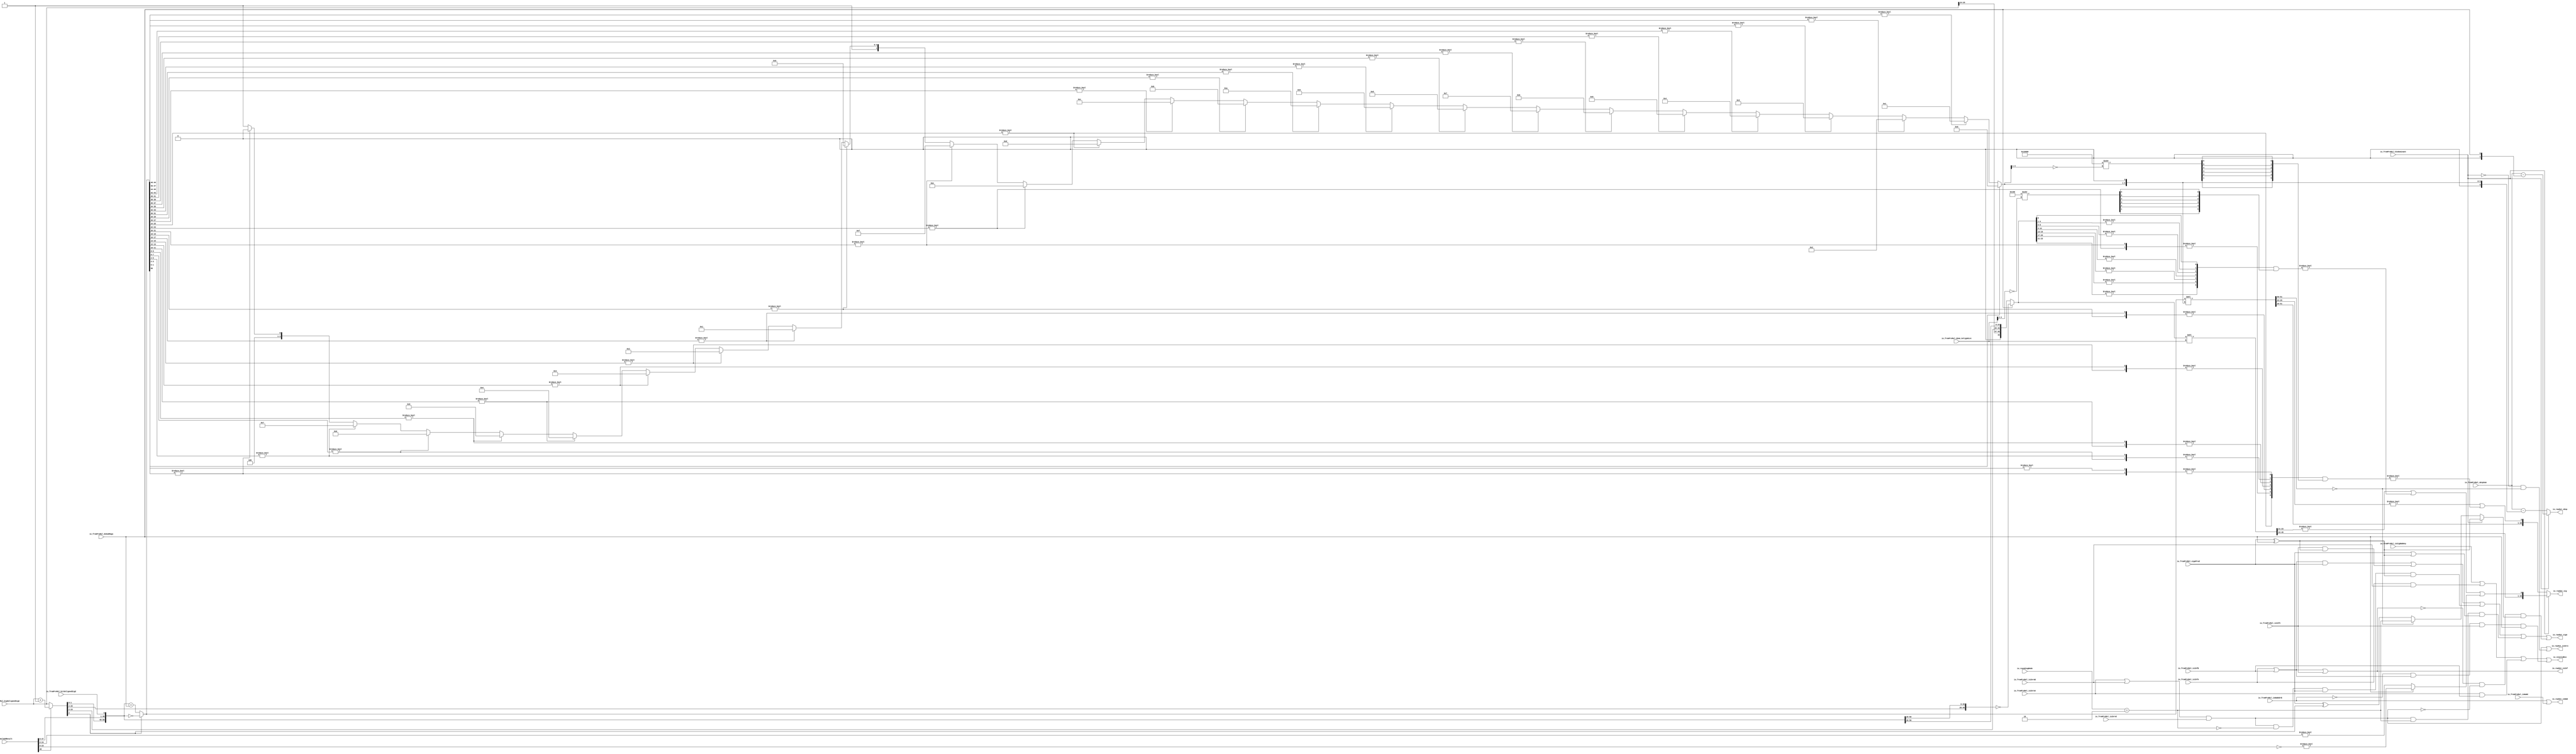
module MulAddRecFNToRaw_postMul(
  input         io_fromPreMul_isSigNaNAny,
  input         io_fromPreMul_isNaNAOrB,
  input         io_fromPreMul_isInfA,
  input         io_fromPreMul_isZeroA,
  input         io_fromPreMul_isInfB,
  input         io_fromPreMul_isZeroB,
  input         io_fromPreMul_signProd,
  input         io_fromPreMul_isNaNC,
  input         io_fromPreMul_isInfC,
  input         io_fromPreMul_isZeroC,
  input  [9:0]  io_fromPreMul_sExpSum,
  input         io_fromPreMul_doSubMags,
  input         io_fromPreMul_CIsDominant,
  input  [4:0]  io_fromPreMul_CDom_CAlignDist,
  input  [25:0] io_fromPreMul_highAlignedSigC,
  input         io_fromPreMul_bit0AlignedSigC,
  input  [48:0] io_mulAddResult,
  input  [2:0]  io_roundingMode,
  output        io_invalidExc,
  output        io_rawOut_isNaN,
  output        io_rawOut_isInf,
  output        io_rawOut_isZero,
  output        io_rawOut_sign,
  output [9:0]  io_rawOut_sExp,
  output [26:0] io_rawOut_sig
);
  wire  roundingMode_min;
  wire  CDom_sign;
  wire [74:0] sigSum;
  wire [9:0] CDom_sExp;
  wire [49:0] CDom_absSigSum;
  wire  CDom_absSigSumExtra;
  wire [28:0] CDom_mainSig;
  wire  CDom_reduced4SigExtra;
  wire [26:0] CDom_sig;
  wire  notCDom_signSigSum;
  wire [50:0] notCDom_absSigSum;
  wire [25:0] notCDom_reduced2AbsSigSum;
  wire [4:0] notCDom_normDistReduced2;
  wire [5:0] notCDom_nearNormDist;
  wire [9:0] notCDom_sExp;
  wire [28:0] notCDom_mainSig;
  wire  notCDom_reduced4SigExtra;
  wire [26:0] notCDom_sig;
  wire  notCDom_completeCancellation;
  wire  notCDom_sign;
  wire  notNaN_isInfProd;
  wire  notNaN_isInfOut;
  wire  notNaN_addZeros;

`define MY_ASSIGNMENT
`ifdef MY_ASSIGNMENT
  assign roundingMode_min = io_roundingMode == 3'h2;
  assign CDom_sign = io_fromPreMul_signProd ^ io_fromPreMul_doSubMags;
  wire [25:0] _T_3 = io_mulAddResult[48] ? (io_fromPreMul_highAlignedSigC + 26'h1) : io_fromPreMul_highAlignedSigC;
  assign sigSum = {_T_3, io_mulAddResult[47:0], io_fromPreMul_bit0AlignedSigC};
  assign CDom_sExp = $signed(io_fromPreMul_sExpSum) - $signed({8'h00, {1'b0,$signed(io_fromPreMul_doSubMags)}});
  assign CDom_absSigSum = io_fromPreMul_doSubMags ? (~ sigSum[74:25]) : {1'h0, io_fromPreMul_highAlignedSigC[25:24], sigSum[72:26]};
  assign CDom_absSigSumExtra = io_fromPreMul_doSubMags ? ((~ sigSum[24:1]) != 24'h0) : (sigSum[25:1] != 25'h0);
  wire [80:0] _T_20 = {{31'd0}, CDom_absSigSum} << io_fromPreMul_CDom_CAlignDist;
  assign CDom_mainSig = _T_20[49:21];

  wire [8:0] _T_46 = $signed(-9'sh100) >>> (~ io_fromPreMul_CDom_CAlignDist[4:2]);
  wire [6:0] _GEN_2 = {{1'd0}, _T_46[1], _T_46[2], _T_46[3], _T_46[4], _T_46[5], _T_46[6]};
  wire [26:0] _T_22 = {CDom_absSigSum[23:0], 3'h0};
  wire [6:0] _T_43 = {_T_22[26:24] != 3'h0, _T_22[23:20] != 4'h0, _T_22[19:16] != 4'h0, _T_22[15:12] != 4'h0, _T_22[11:8] != 4'h0, _T_22[7:4] != 4'h0, _T_22[3:0] != 4'h0};
  wire [6:0] _T_63 = _T_43 & _GEN_2;
  assign CDom_reduced4SigExtra = _T_63 != 7'h0;
  assign CDom_sig = {CDom_mainSig[28:3], ((CDom_mainSig[2:0] != 3'h0) | CDom_reduced4SigExtra | CDom_absSigSumExtra)};
  assign notCDom_signSigSum = sigSum[51];
  assign notCDom_absSigSum = notCDom_signSigSum ? (~ sigSum[50:0]) : (sigSum[50:0] + {{50'd0}, io_fromPreMul_doSubMags});
  assign notCDom_reduced2AbsSigSum = {notCDom_absSigSum[50], 
				(notCDom_absSigSum[49:48] != 2'h0),
				(notCDom_absSigSum[47:46] != 2'h0),
				(notCDom_absSigSum[45:44] != 2'h0),
				(notCDom_absSigSum[43:42] != 2'h0),
				(notCDom_absSigSum[41:40] != 2'h0),
				(notCDom_absSigSum[39:38] != 2'h0),
				(notCDom_absSigSum[37:36] != 2'h0),
				(notCDom_absSigSum[35:34] != 2'h0),
				(notCDom_absSigSum[33:32] != 2'h0),
				(notCDom_absSigSum[31:30] != 2'h0),
				(notCDom_absSigSum[29:28] != 2'h0),
				(notCDom_absSigSum[27:26] != 2'h0),
				(notCDom_absSigSum[25:24] != 2'h0),
				(notCDom_absSigSum[23:22] != 2'h0),
				(notCDom_absSigSum[21:20] != 2'h0),
				(notCDom_absSigSum[19:18] != 2'h0),
				(notCDom_absSigSum[17:16] != 2'h0),
				(notCDom_absSigSum[15:14] != 2'h0),
				(notCDom_absSigSum[13:12] != 2'h0),
				(notCDom_absSigSum[11:10] != 2'h0),
				(notCDom_absSigSum[9:8] != 2'h0),
				(notCDom_absSigSum[7:6] != 2'h0),
				(notCDom_absSigSum[5:4] != 2'h0),
				(notCDom_absSigSum[3:2] != 2'h0),
				(notCDom_absSigSum[1:0] != 2'h0)
				};

  assign notCDom_normDistReduced2 = notCDom_reduced2AbsSigSum[25] ? 5'h0 
				: notCDom_reduced2AbsSigSum[24] ? 5'h1 
				: notCDom_reduced2AbsSigSum[23] ? 5'h2 
				: notCDom_reduced2AbsSigSum[22] ? 5'h3 
				: notCDom_reduced2AbsSigSum[21] ? 5'h4 
				: notCDom_reduced2AbsSigSum[20] ? 5'h5 
				: notCDom_reduced2AbsSigSum[19] ? 5'h6 
				: notCDom_reduced2AbsSigSum[18] ? 5'h7 
				: notCDom_reduced2AbsSigSum[17] ? 5'h8 
				: notCDom_reduced2AbsSigSum[16] ? 5'h9 
				: notCDom_reduced2AbsSigSum[15] ? 5'ha 
				: notCDom_reduced2AbsSigSum[14] ? 5'hb 
				: notCDom_reduced2AbsSigSum[13] ? 5'hc 
				: notCDom_reduced2AbsSigSum[12] ? 5'hd 
				: notCDom_reduced2AbsSigSum[11] ? 5'he 
				: notCDom_reduced2AbsSigSum[10] ? 5'hf 
				: notCDom_reduced2AbsSigSum[9] ? 5'h10 
				: notCDom_reduced2AbsSigSum[8] ? 5'h11 
				: notCDom_reduced2AbsSigSum[7] ? 5'h12 
				: notCDom_reduced2AbsSigSum[6] ? 5'h13 
				: notCDom_reduced2AbsSigSum[5] ? 5'h14 
				: notCDom_reduced2AbsSigSum[4] ? 5'h15 
				: notCDom_reduced2AbsSigSum[3] ? 5'h16 
				: notCDom_reduced2AbsSigSum[2] ? 5'h17 
				: notCDom_reduced2AbsSigSum[1] ? 5'h18 
				: 5'h19
				;
  assign notCDom_nearNormDist = {notCDom_normDistReduced2, 1'h0};
  assign notCDom_sExp = $signed($signed(io_fromPreMul_sExpSum) - $signed({3'h0, {1'b0,$signed(notCDom_nearNormDist)}}));
  wire [113:0] _T_204 = {{63'd0}, notCDom_absSigSum} << notCDom_nearNormDist;
  assign notCDom_mainSig = _T_204[51:23];
  wire [6:0] _T_227 = {notCDom_reduced2AbsSigSum[12],
			(notCDom_reduced2AbsSigSum[11:10] != 2'h0),
			(notCDom_reduced2AbsSigSum[9:8] != 2'h0),
			(notCDom_reduced2AbsSigSum[7:6] != 2'h0),
			(notCDom_reduced2AbsSigSum[5:4] != 2'h0),
			(notCDom_reduced2AbsSigSum[3:2] != 2'h0),
			(notCDom_reduced2AbsSigSum[1:0] != 2'h0)
			};
  wire [16:0] _T_230 = $signed(-17'sh10000) >>> (~ notCDom_normDistReduced2[4:1]);
  wire [6:0] _GEN_6 = {1'd0,
			_T_230[1],
			_T_230[2],
			_T_230[3],
			_T_230[4],
			_T_230[5],
			_T_230[6]
			};
  assign notCDom_reduced4SigExtra = (_T_227 & _GEN_6) != 7'h0;
  assign notCDom_sig = {notCDom_mainSig[28:3], ((notCDom_mainSig[2:0] != 3'h0) | notCDom_reduced4SigExtra)};
  assign notCDom_completeCancellation = notCDom_sig[26:25] == 2'h0;
  assign notCDom_sign = notCDom_completeCancellation ? roundingMode_min : (io_fromPreMul_signProd ^ notCDom_signSigSum);
  assign notNaN_isInfProd = io_fromPreMul_isInfA | io_fromPreMul_isInfB;
  assign notNaN_isInfOut = notNaN_isInfProd | io_fromPreMul_isInfC;
  assign notNaN_addZeros = (io_fromPreMul_isZeroA | io_fromPreMul_isZeroB) & io_fromPreMul_isZeroC;

  assign io_invalidExc = (io_fromPreMul_isSigNaNAny | (io_fromPreMul_isInfA & io_fromPreMul_isZeroB)) 
			| (io_fromPreMul_isZeroA & io_fromPreMul_isInfB) 
			| (!io_fromPreMul_isNaNAOrB & notNaN_isInfProd & io_fromPreMul_isInfC & io_fromPreMul_doSubMags)
			;
  assign io_rawOut_isNaN = io_fromPreMul_isNaNAOrB | io_fromPreMul_isNaNC;
  assign io_rawOut_isInf = notNaN_isInfProd | io_fromPreMul_isInfC;
  assign io_rawOut_isZero = notNaN_addZeros | (!io_fromPreMul_CIsDominant & notCDom_completeCancellation);
  wire _T_284 = io_fromPreMul_CIsDominant ? CDom_sign : notCDom_sign;
  assign io_rawOut_sign = (notNaN_isInfProd & io_fromPreMul_signProd) 
			| (io_fromPreMul_isInfC & CDom_sign) 
			| (notNaN_addZeros & !roundingMode_min & io_fromPreMul_signProd & CDom_sign) 
			| (notNaN_addZeros & roundingMode_min & (io_fromPreMul_signProd | CDom_sign)) 
			| (!notNaN_isInfOut & !notNaN_addZeros & _T_284)
			;
  assign io_rawOut_sExp = io_fromPreMul_CIsDominant ? $signed(CDom_sExp) : $signed(notCDom_sExp);
  assign io_rawOut_sig = io_fromPreMul_CIsDominant ? CDom_sig : notCDom_sig;

`endif //MY_ASSIGNMENT

endmodule